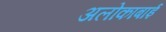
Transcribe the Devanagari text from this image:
अलोकाबाई